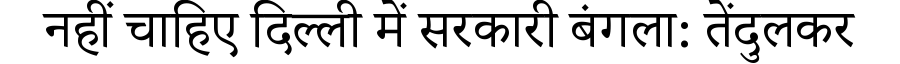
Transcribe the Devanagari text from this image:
नहीं चाहिए दिल्ली में सरकारी बंगला: तेंदुलकर